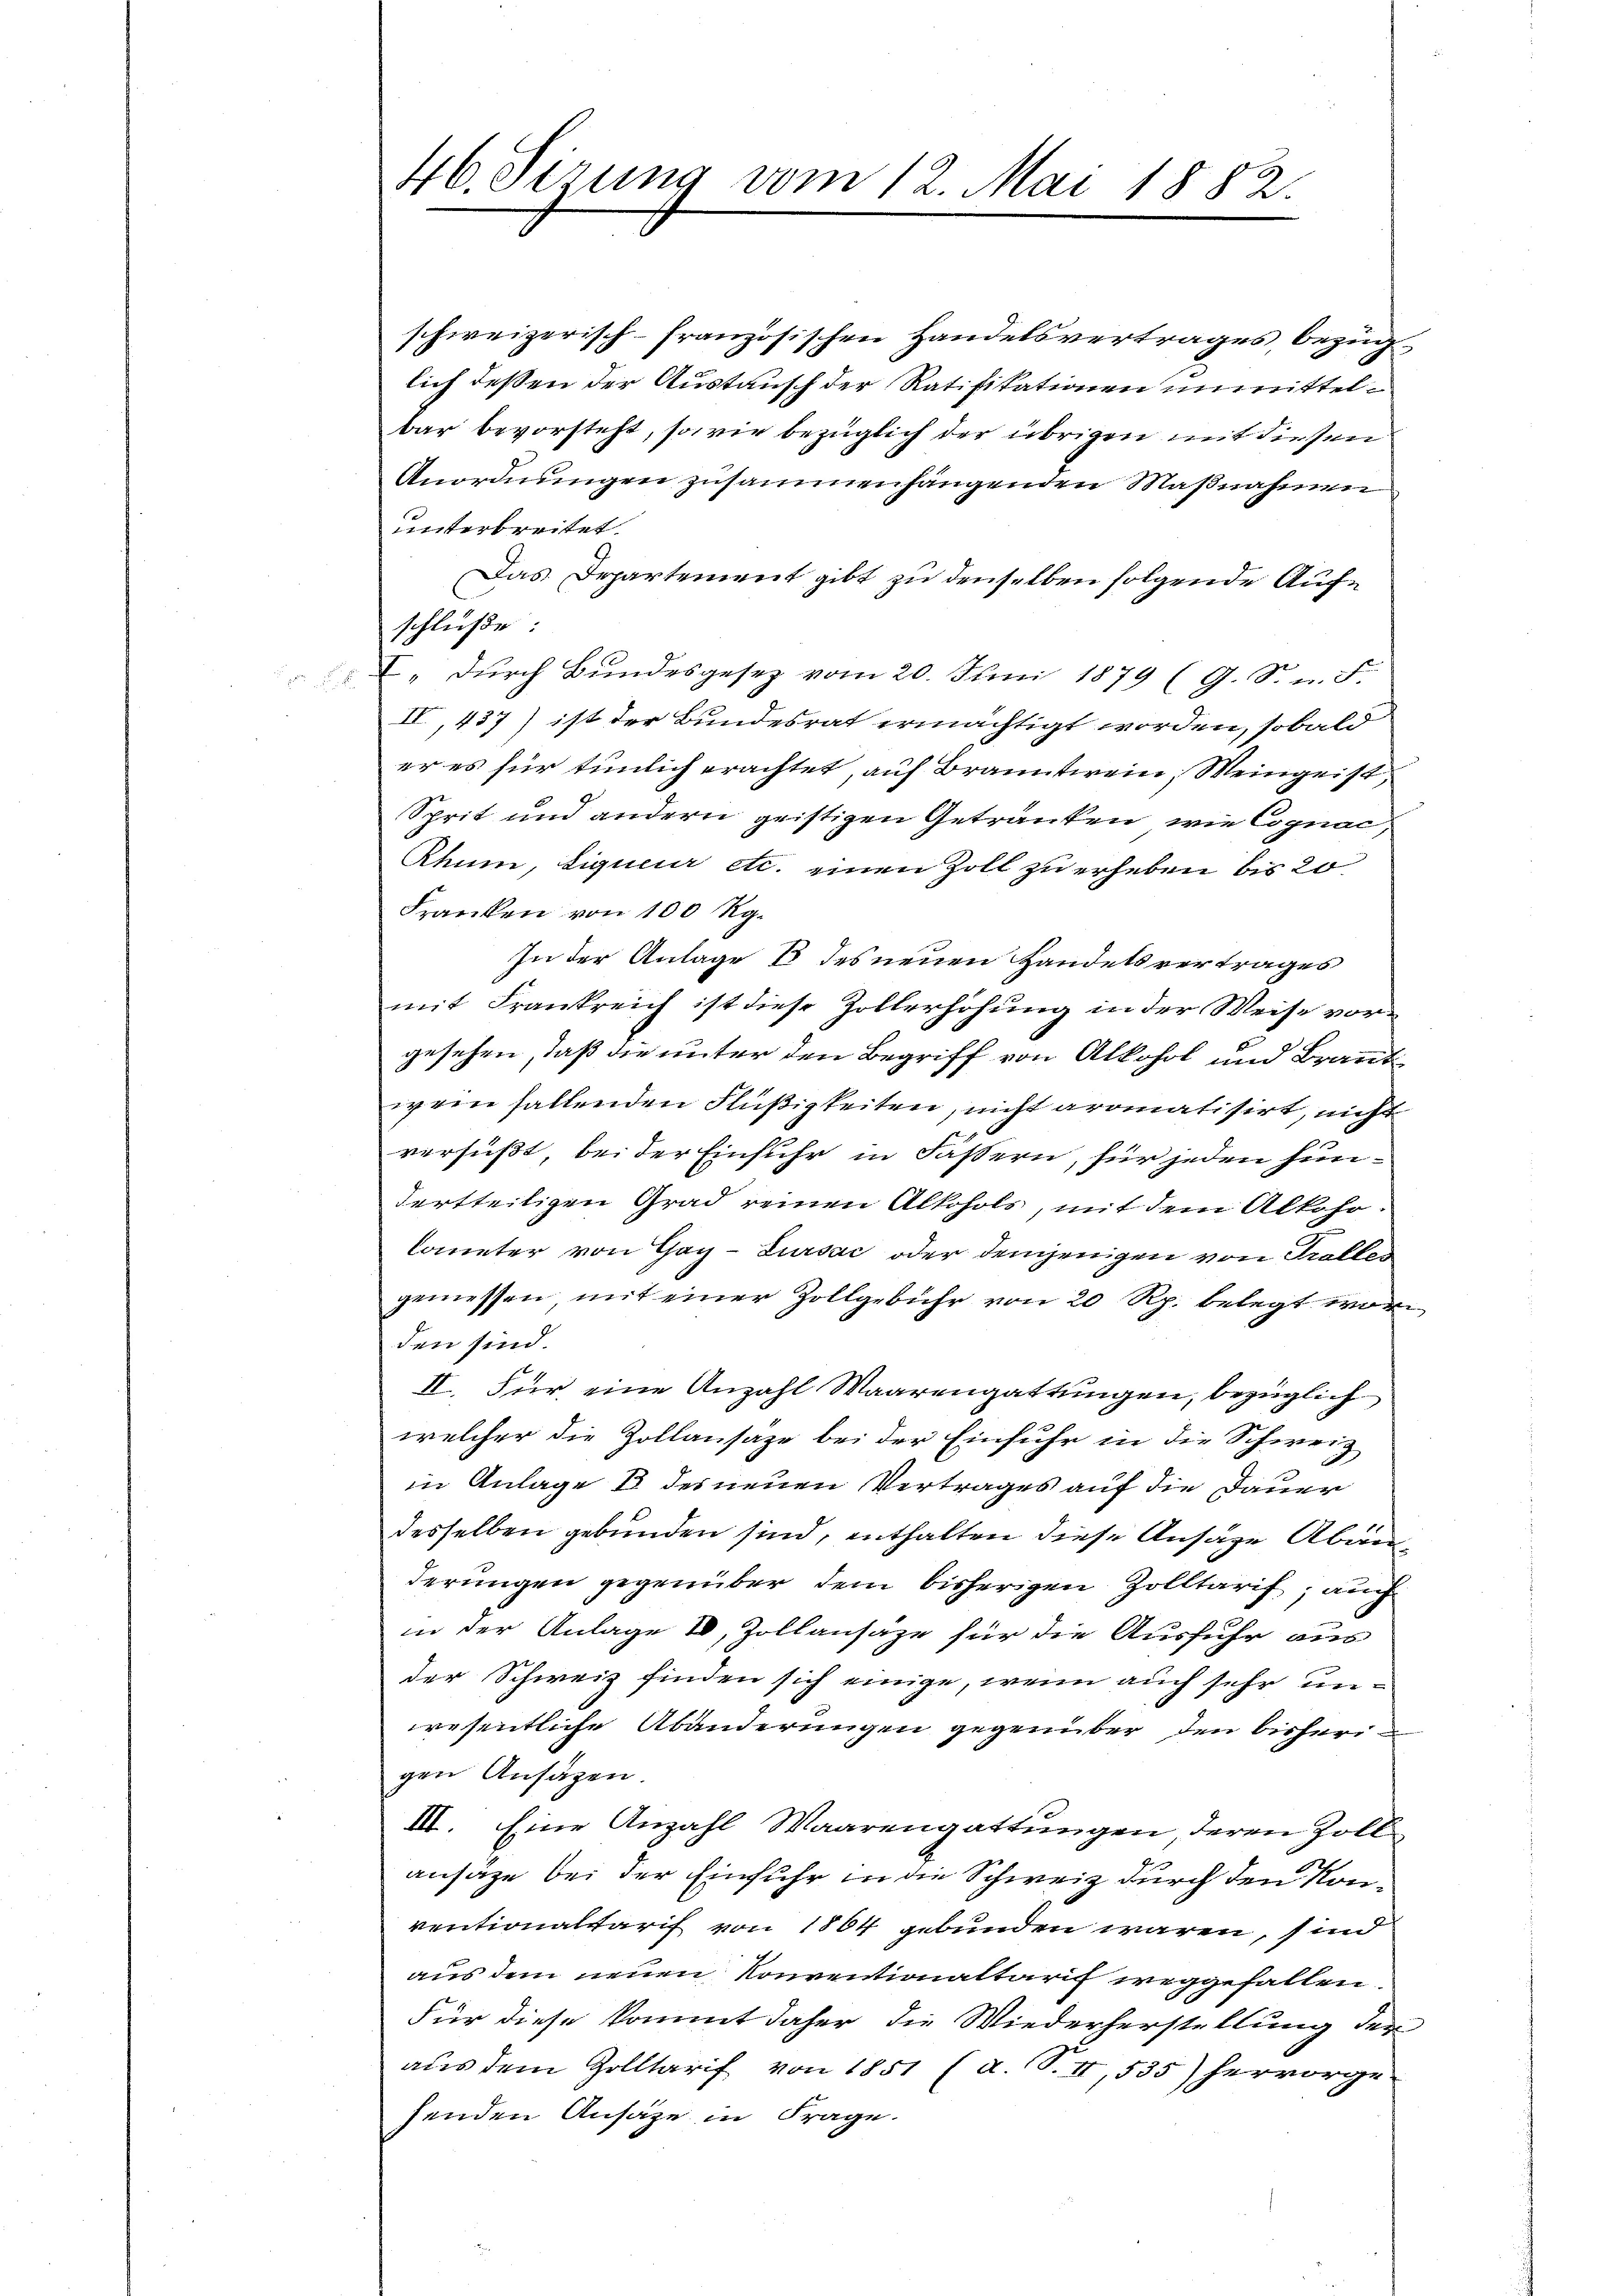
s

46. Sirung vom 12. Mai 1882.

schweizerisch-französischen Handelsvertrages, bezüglich deßen der Austausch der Ratifikationen unmittelbar bevorsteht, sowie bezüglich der übrigen mit diesen
Anordnungen zusammenhängenden Maßnahmen
unterbreitet.
Das Departement gibt zu denselben folgende Aufschlüße:
" durch Bundesgesetz vom 20. Juni 1879 (G. S. u. F.
II., 437) ist der Bundesrat ermächtigt worden, sobald
er es für tunlich erachtet, auf Branntwein, Weingeist,
Sprit und andern geistigen Getränken, wie Cognac,
Rhum, liqueur etc. einen Zoll zu erheben bis 20
Franken von 100 Rg.
In der Anlage 1 des neuen Handelsvertrages
mit Frankreich ist diese Zollerhöhung in der Weise vorgesehen, daß die unter den Begriff von Alkohol und Braut
iren fallenden Flüßigkeiten, nicht aromatisirt, nicht
versüßt, bei der Einfuhr in Fässern, für jeden hinertteiligen Grad reinen Alkohols, mit dem Alkoho¬
Cometer von Gay-Lursac oder demjenigen von Troller
gemessen mit einer Zollgebühr von 20 Rp. belegt worden sind.
II. Für eine Anzahl Waarengattungen, bezüglich
welcher die Zollansaze bei der Einfuhr in die Schweiz
in Anlage 1 des neuen Vertrages auf die Dauer
desselben gebunden sind, enthalten diese Ansäze Abwederungen gegenüber dem bisherigen Zolltarif; auch
in der Anlage 1, Zollansäze für die Ausfuhr aus
der Schweiz finden sich einige, wenn auch sehr unwesentliche Abänderungen gegenüber den bisherigen Ansagen.
III. Eine Anzahl Waarengattungen, deren Zoll
ansage bei der Einfuhr in die Schweiz durch den Konventionaltarif von 1864 gebunden wären, sind
aus dem neuen Konventionaltaris weggefallen.
Für diese kommt daher die Wiederherstellung der
aus dem Zolltarif von 1851 (a. S. II, 535) hervorgehenden Ansähe in Frage.